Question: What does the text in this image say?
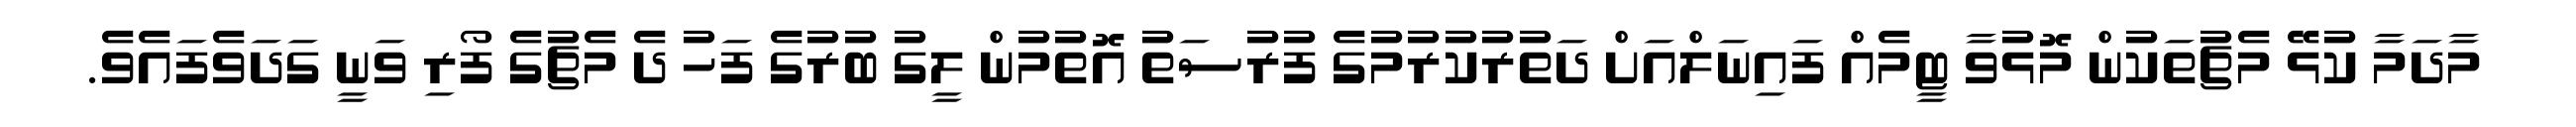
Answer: މާދަމާ ކުޅޭ މެޗުތަކުން މޮޅުވާ ޓީމެއް ފައިނަލްއަށް ދަތުރުކުރުމުގެ ފުރުސަތު އޮތުމުން ލީގު ބުރުގެ ފަހު ދެ މެޗުގެ ފޯރި ވަނީ ގަދަވެފައެވެ.